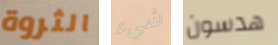
الثروة شيء هدسون